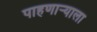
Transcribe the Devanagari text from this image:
पाहणाऱ्याला